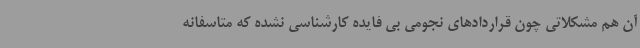
آن هم مشکلاتی چون قراردادهای نجومی بی فایده کارشناسی نشده که متاسفانه